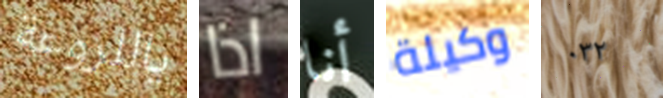
ياللروعة اذا أنا وكيلة ٠٣٢